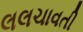
લલચાવતી